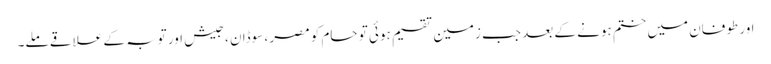
اور طوفان میں ختم ہونے کے بعد جب زمین تقسیم ہوئی تو حام کو مصر ، سوڈان ، جیش اور توبہ کے علاقے ملے۔